Lock hospitals Punjab
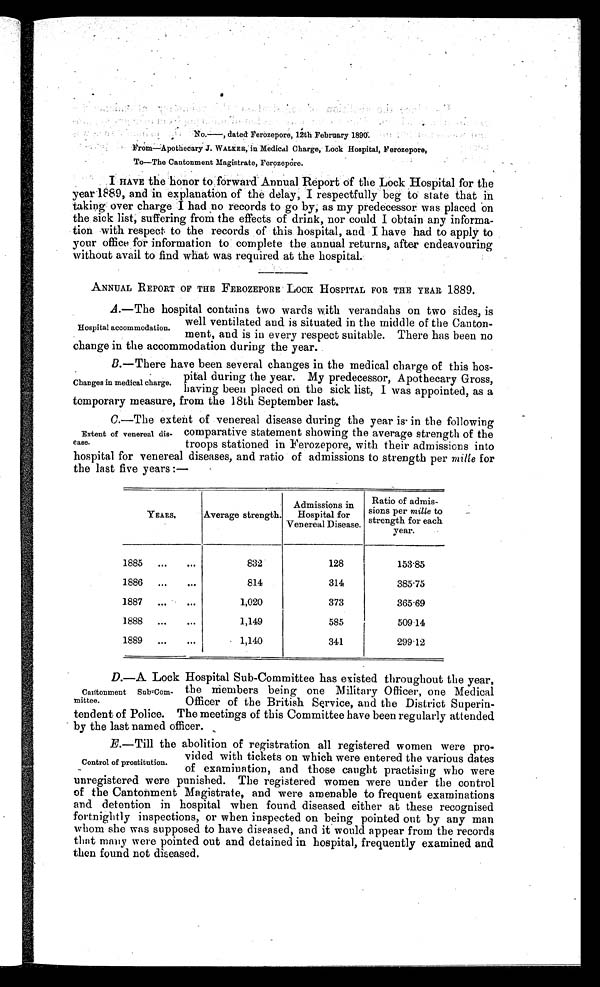
N o . — , d a t e d F e r o z e p o r e . 1 2 t h F e b r u a r y 1 8 9 0 .
From—Apot hecary J. WALKER, in Medi cal Charge, Lock Hospi tal , Ferozepore,
To—The Cantonment Magistrate, Ferozepore.
I HAVE the honor to forward Annual Report of the Lock Hospital for the
year 1889, and in explanation of the delay, I respectfully beg to state that in
taking over charge I had no records to go by, as my predecessor was placed on
the sick list, suffering from the effects of drink, nor could I obtain any informa-
tion with respect to the records of this hospital, and I have had to apply to
your office for information to complete the annual returns, after endeavouring
without avail to find what was required at the hospital.
ANNUAL REPORT OF THE FEROZEPORE LOCK HOSPITAL FOR THE YEAR 1889.
A
.—The hospital contains two wards with verandahs on two sides, is
well ventilated and is situated in the middle of the Canton-
ment, and is in every respect suitable. There has been no
change in the accommodation during the year.
B.—There have been several changes in the medical charge of this hos-
pital during the year. My predecessor, Apothecary Gross,
having been placed on the sick list, I was appointed, as a
temporary measure, from the 18th September last.
C
.—The extent of venereal disease during the year is in the following
comparative statement showing the average strength of the
troops stationed in Ferozepore, with their admissions into
hospital for venereal diseases, and ratio of admissions to strength per mille for
the last five years:—
YEARS.
Average strength.
Admissions in
Hospital for
Venereal Disease.
Ratio of admis-
sions per mille to
strength for each
year.
1885
...
...
832
128
153.85
1886
...
...
814
314
385.75
1887
...
...
1,020
373
365.69
1888
...
...
1,149
585
509.14
1889
...
...
1,140
341
299.12
D.—A Lock Hospital Sub-Committee has existed throughout the year,
the members being one Military Officer, one Medical
Officer of the British Service, and the District Superin-
tendent of Police. The meetings of this Committee have been regularly attended
by the last named officer.
E.—Till the abolition of registration all registered women were pro-
vided with tickets on which were entered the various dates
of examination, and those caught practising who were
unregistered were punished. The registered women were under the control
of the Cantonment Magistrate, and were amenable to frequent examinations
and detention in hospital when found diseased either at these recognised
fortnightly inspections, or when inspected on being pointed out by any man
whom she was supposed to have diseased, and it would appear from the records
that many were pointed out and detained in hospital, frequently examined and
then found not diseased.
Hospital accommodation.
Changes in medical charge.
Extent of venereal dis-
ease.
Cantonment SubCom-
mittee.
Control of prostitution.